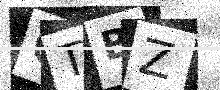
Text: OTBZ